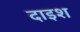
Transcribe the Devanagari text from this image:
दाइश